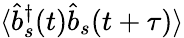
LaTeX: \langle{\hat{b}}_{s}^{\dagger}(t){\hat{b}}_{s}(t+\tau)\rangle